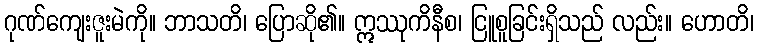
ဂုဏ်ကျေးဇူးမဲကို။ ဘာသတိ၊ ပြောဆို၏။ ဣဿုကိနီစ၊ ငြူစူခြင်းရှိသည် လည်း။ ဟောတိ၊